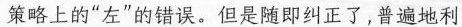
策略上的”左”的错误。但是随即纠正了，普遍地利